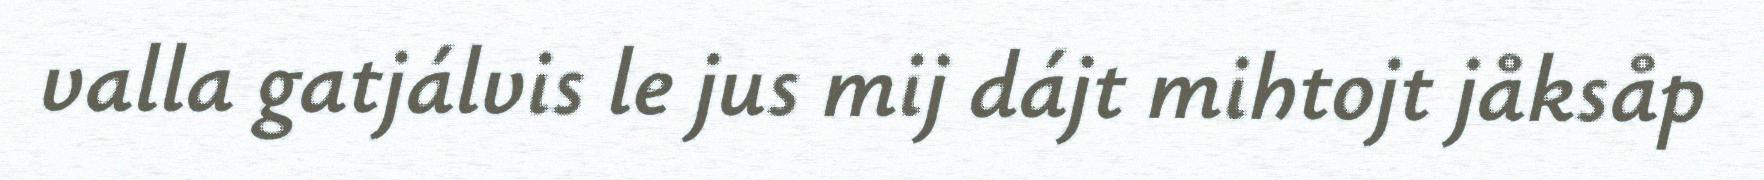
valla gatjálvis le jus mij dájt mihtojt jåksåp